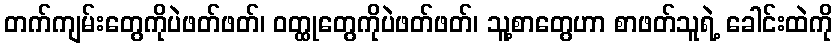
တက်ကျမ်းတွေကိုပဲဖတ်ဖတ်၊ ဝတ္ထုတွေကိုပဲဖတ်ဖတ်၊ သူ့စာတွေဟာ စာဖတ်သူရဲ့ ခေါင်းထဲကို